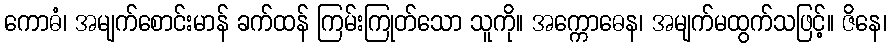
ကောဓံ၊ အမျက်စောင်းမာန် ခက်ထန် ကြမ်းကြုတ်သော သူကို။ အက္ကောဓေန၊ အမျက်မထွက်သဖြင့်။ ဇိနေ၊